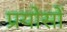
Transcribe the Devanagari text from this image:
प्रयोसों